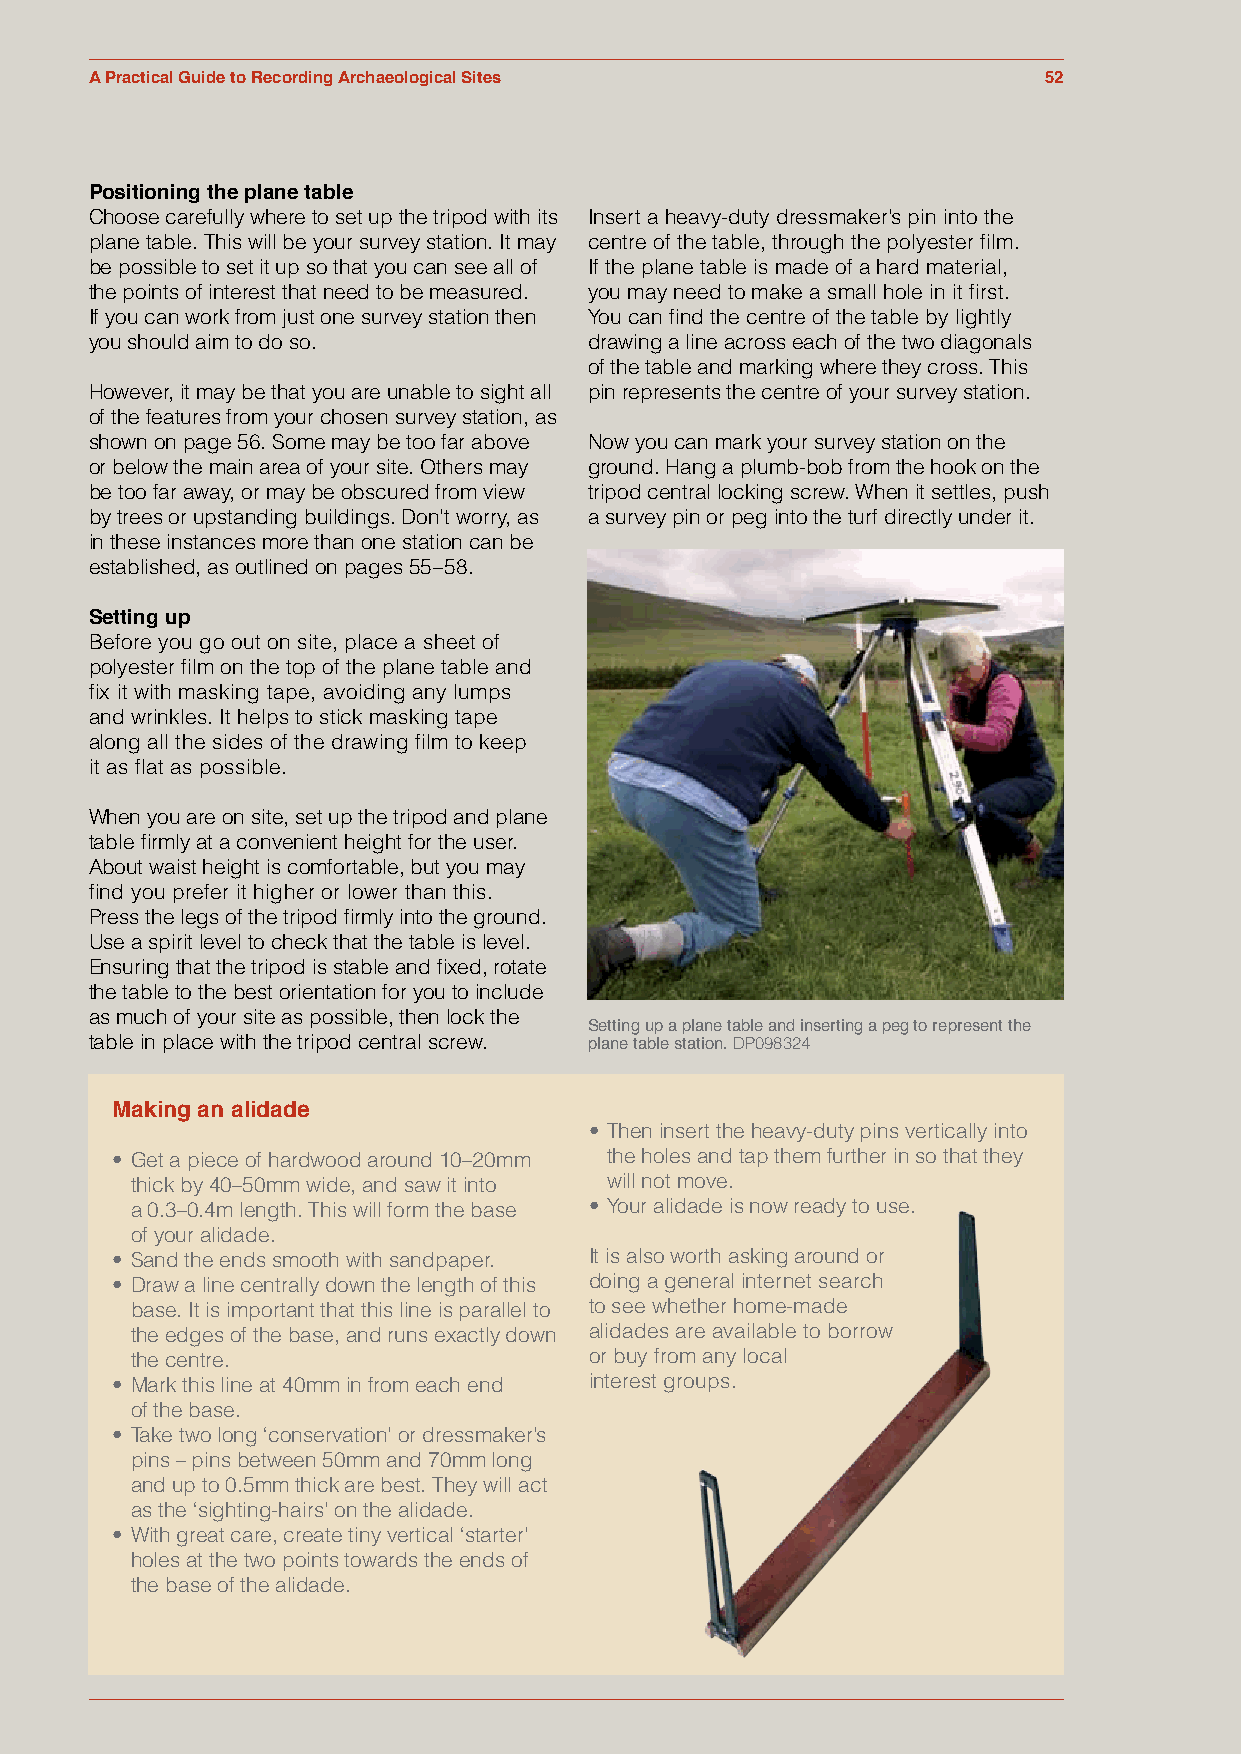
A Practical Guide to Recording Archaeological Sites            52
 Positioning the plane table
 Choose carefully where to set up the tripod with its Insert a heavy-duty dressmaker’s pin into the
 plane table. This will be your survey station. It may centre of the table, through the polyester film.
 be possible to set it up so that you can see all of If the plane table is made of a hard material,
 the points of interest that need to be measured. you may need to make a small hole in it first.
 If you can work from just one survey station then You can find the centre of the table by lightly
 you should aim to do so.         drawing a line across each of the two diagonals
 of the table and marking where they cross. This
 However, it may be that you are unable to sight all pin represents the centre of your survey station.
 of the features from your chosen survey station, as
 shown on page 56. Some may be too far above Now you can mark your survey station on the
 or below the main area of your site. Others may ground. Hang a plumb-bob from the hook on the
 be too far away, or may be obscured from view tripod central locking screw. When it settles, push
 by trees or upstanding buildings. Don't worry, as a survey pin or peg into the turf directly under it.
 in these instances more than one station can be
 established, as outlined on pages 55–58.
 Setting up
 Before you go out on site, place a sheet of
 polyester film on the top of the plane table and
 fix it with masking tape, avoiding any lumps
 and wrinkles. It helps to stick masking tape
 along all the sides of the drawing film to keep
 it as flat as possible.
 When you are on site, set up the tripod and plane
 table firmly at a convenient height for the user.
 About waist height is comfortable, but you may
 find you prefer it higher or lower than this.
 Press the legs of the tripod firmly into the ground.
 Use a spirit level to check that the table is level.
 Ensuring that the tripod is stable and fixed, rotate
 the table to the best orientation for you to include
 as much of your site as possible, then lock the
 Setting up a plane table and inserting a peg to represent the
 table in place with the tripod central screw. plane table station. DP098324
 Making an alidade
 • Then insert the heavy-duty pins vertically into
 • Get a piece of hardwood around 10–20mm the holes and tap them further in so that they
 thick by 40–50mm wide, and saw it into will not move.
 a 0.3–0.4m length. This will form the base • Your alidade is now ready to use.
 of your alidade.
 • Sand the ends smooth with sandpaper. It is also worth asking around or
 • Draw a line centrally down the length of this doing a general internet search
 base. It is important that this line is parallel to to see whether home-made
 the edges of the base, and runs exactly down alidades are available to borrow
 the centre.                   or buy from any local
 • Mark this line at 40mm in from each end interest groups.
 of the base.
 • Take two long ‘conservation’ or dressmaker’s
 pins – pins between 50mm and 70mm long
 and up to 0.5mm thick are best. They will act
 as the ‘sighting-hairs’ on the alidade.
 • With great care, create tiny vertical ‘starter’
 holes at the two points towards the ends of
 the base of the alidade.